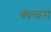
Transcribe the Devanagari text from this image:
श्र्धवास